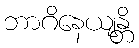
ဘာဂိနေယျန္တိ